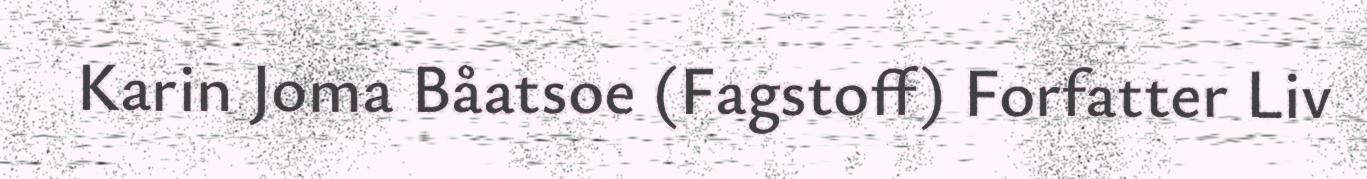
Karin Joma Båatsoe (Fagstoff) Forfatter Liv